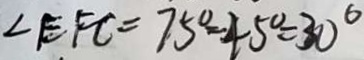
\angle E F C = 7 5 ^ { \circ } - 4 5 ^ { \circ } = 3 0 ^ { \circ }